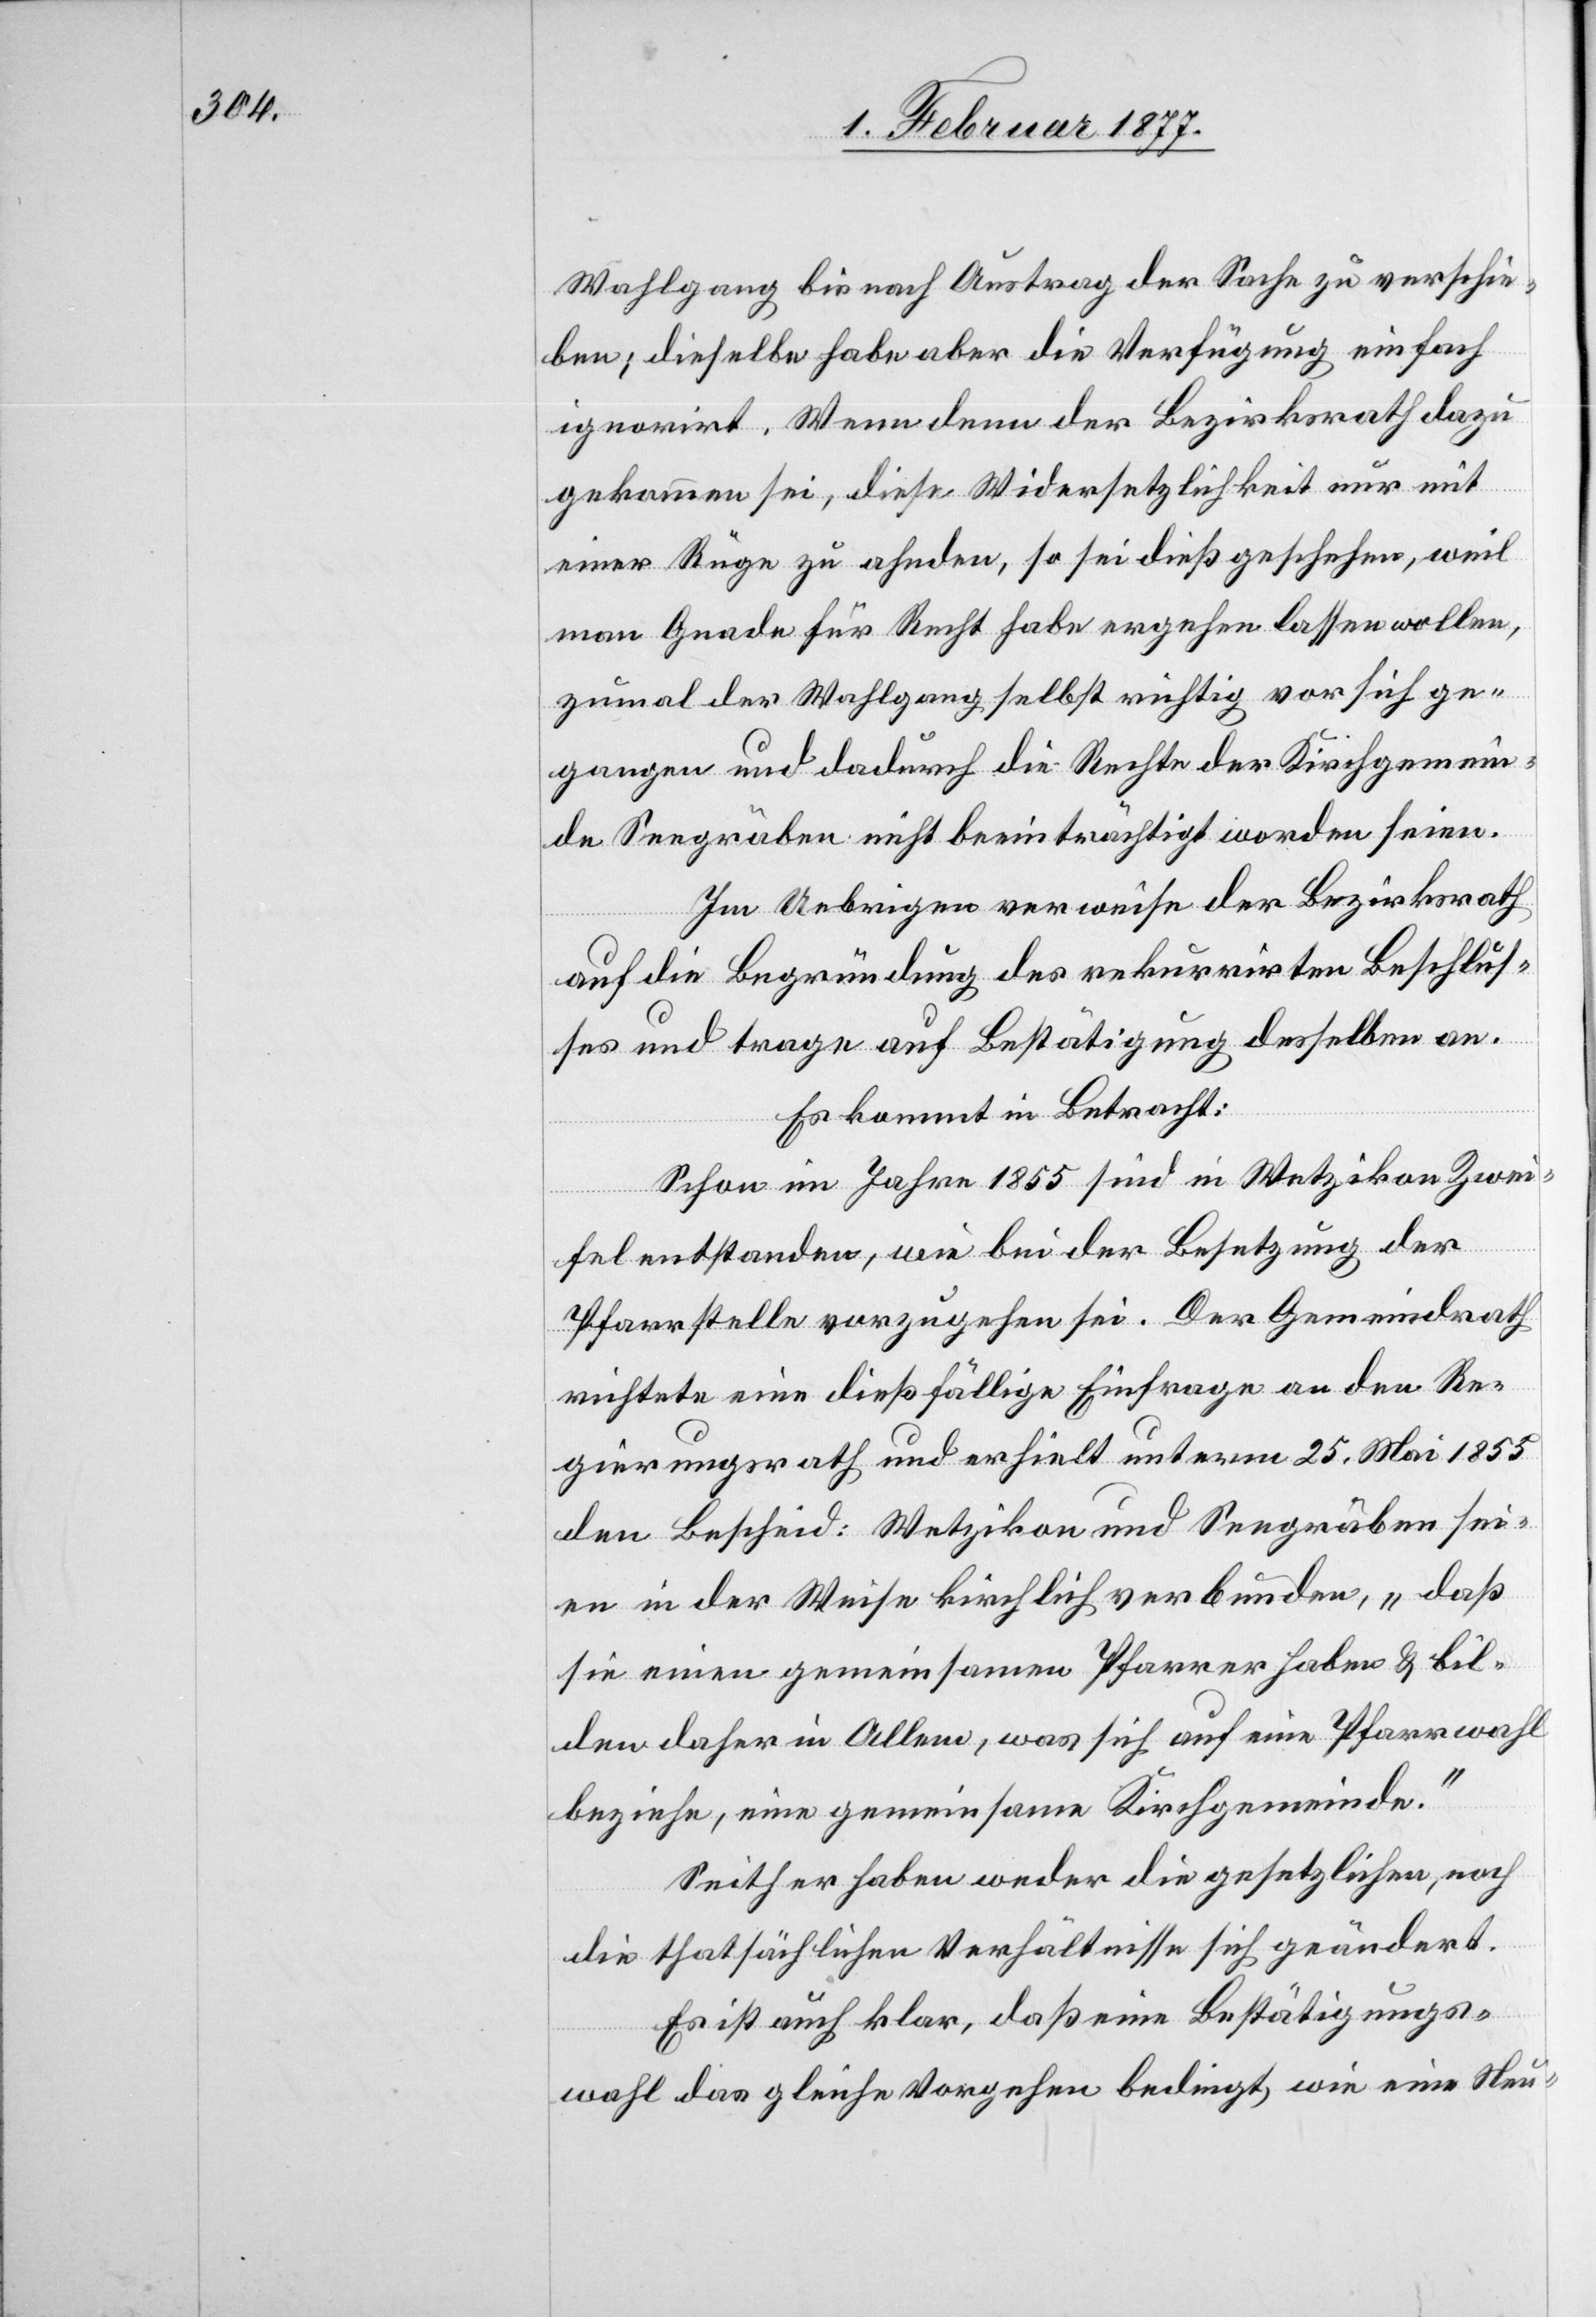
Wahlgang bis nach Austrag der Sache zu verschie¬
ben; dieselbe habe aber die Verfügung einfach
ignorirt. Wenn denn der Bezirksrath dazu
gekommen sei, diese Widersetzlichkeit nur mit
einer Rüge zu ahnden, so sei dieß geschehen, weil
man Gnade für Recht habe ergehen lassen wollen,
zumal der Wahlgang selbst richtig vor sich ge¬
gangen und dadurch die Rechte der Kirchgemein¬
de Seegräben nicht beeinträchtigt worden seien.
Im Uebrigen verweise der Bezirksrath
auf die Begründung des rekurrirten Beschlus¬
ses und trage auf Bestätigung desselben an.
Es kommt in Betracht:
Schon im Jahre 1855 sind in Wetzikon Zwei¬
fel entstanden, wie bei der Besetzung der
Pfarrstelle vorzugehen sei. Der Gemeindrath
richtete eine dießfällige Einfrage an den Re¬
gierungsrath und erhielt unterm 25. Mai 1855
den Bescheid: Wetzikon und Seegräben sei¬
en in der Weise kirchlich verbunden, „daß
sie einen gemeinsamen Pfarrer haben & bil¬
den daher in Allem, was sich auf eine Pfarrwahl
beziehe, eine gemeinsame Kirchgemeinde.“
Seither haben weder die gesetzlichen, noch
die thatsächlichen Verhältnisse sich geändert.
Es ist auch klar, daß eine Bestätigungs¬
wahl das gleiche Vorgehen bedingt, wie eine Neu-